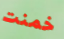
خمنت